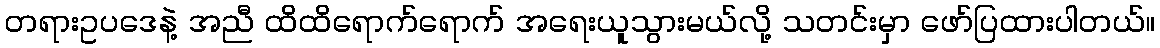
တရားဥပဒေနဲ့ အညီ ထိထိရောက်ရောက် အရေးယူသွားမယ်လို့ သတင်းမှာ ဖော်ပြထားပါတယ်။